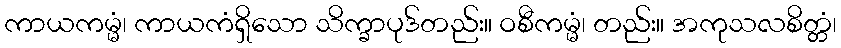
ကာယကမ္မံ၊ ကာယကံရှိသော သိက္ခာပုဒ်တည်း။ ဝစီကမ္မံ၊ တည်း။ အကုသလစိတ္တံ၊